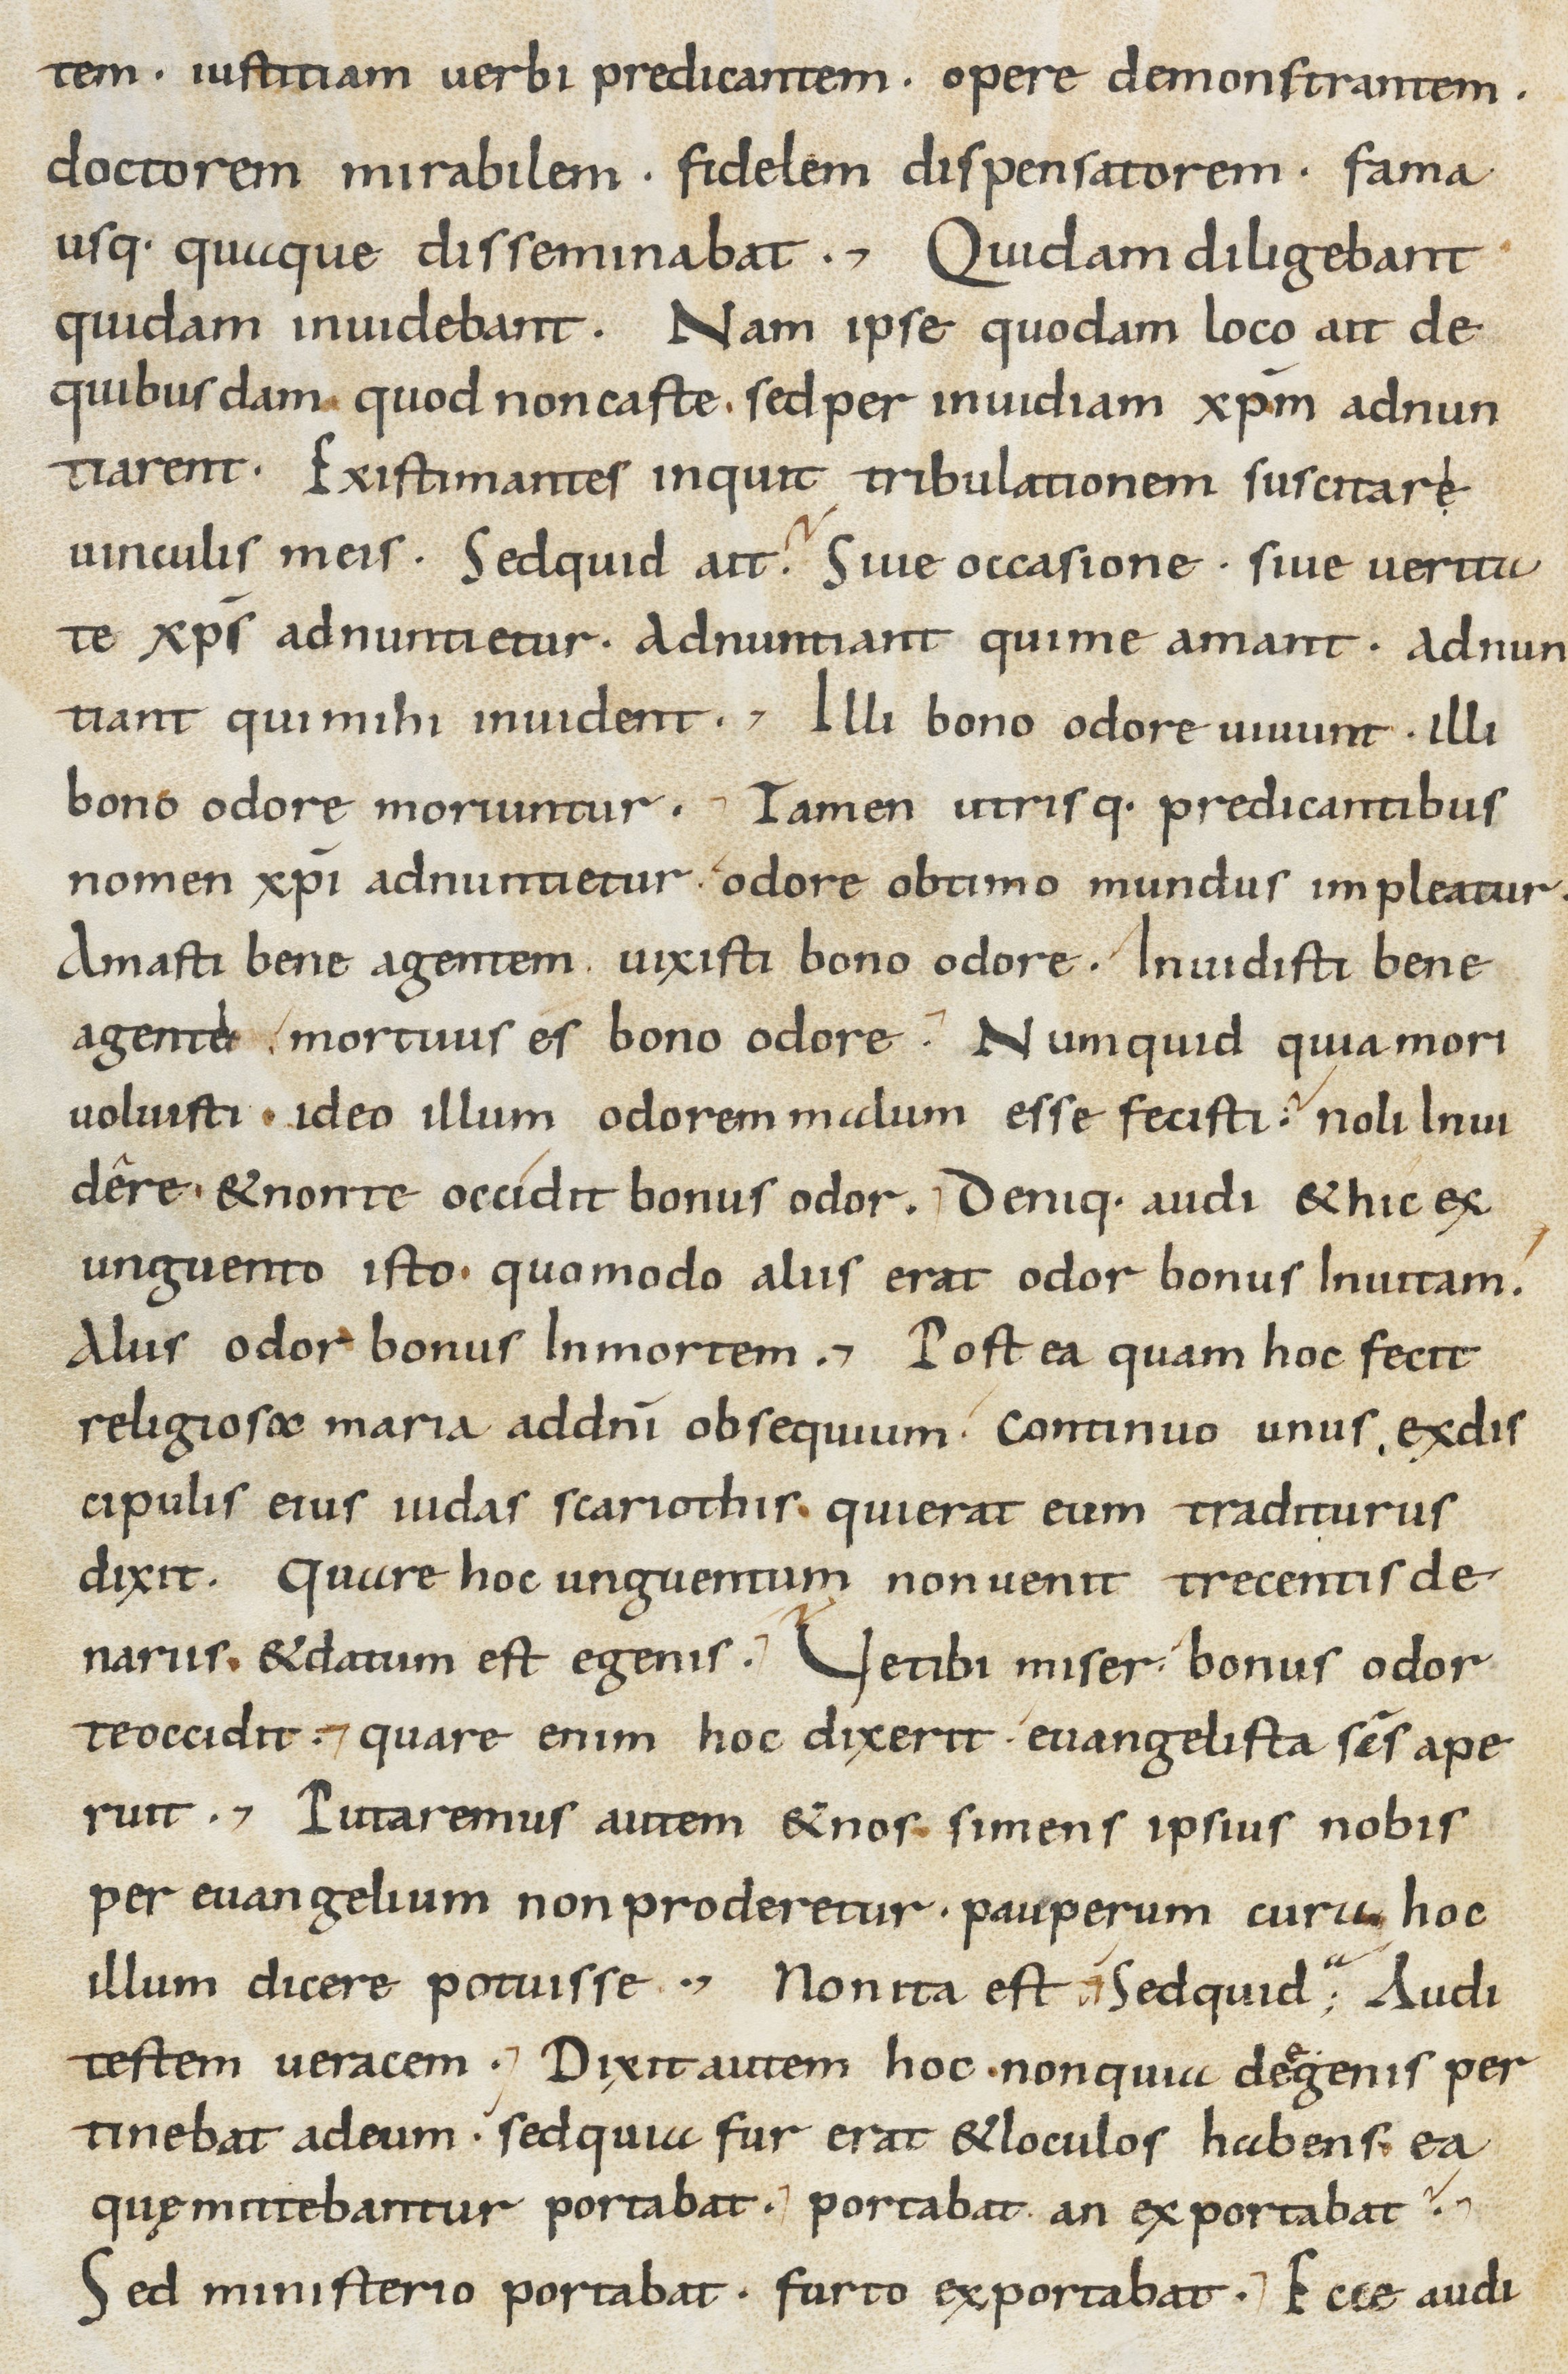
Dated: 800–899